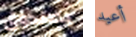
بصندوق أعيد